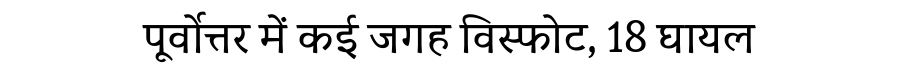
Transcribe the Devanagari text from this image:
पूर्वोत्तर में कई जगह विस्फोट, 18 घायल